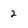
Character: 2